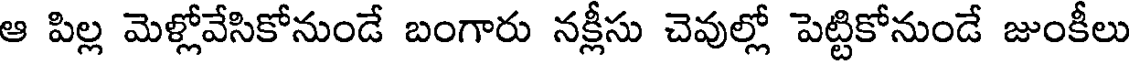
ఆ పిల్ల మెళ్లోవేసికోనుండే బంగారు నక్లీసు చెవుల్లో పెట్టికోనుండే జుంకీలు